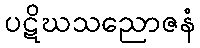
ပဋိဃသညောဇနံ